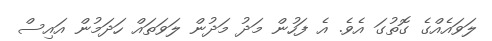
ލަވައެއްގެ ގޮތުގަ އެވެ. އެ ފަހުން މަދު މަދުން ލަވަތައް ހަދަމުން އައިސް